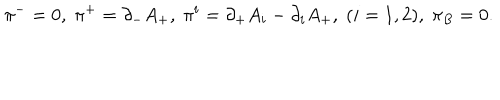
{ \pi } ^ { - } = 0 , \; { \pi } ^ { + } = { \partial } _ { - } A _ { + } , \; { \pi } ^ { i } = { \partial } _ { + } A _ { i } - { \partial } _ { i } A _ { + } , \; ( i = 1 , 2 ) , \; { \pi } _ { B } = 0 .